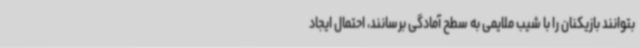
بتوانند بازیکنان را با شیب ملایمی به سطح آمادگی برسانند، احتمال ایجاد